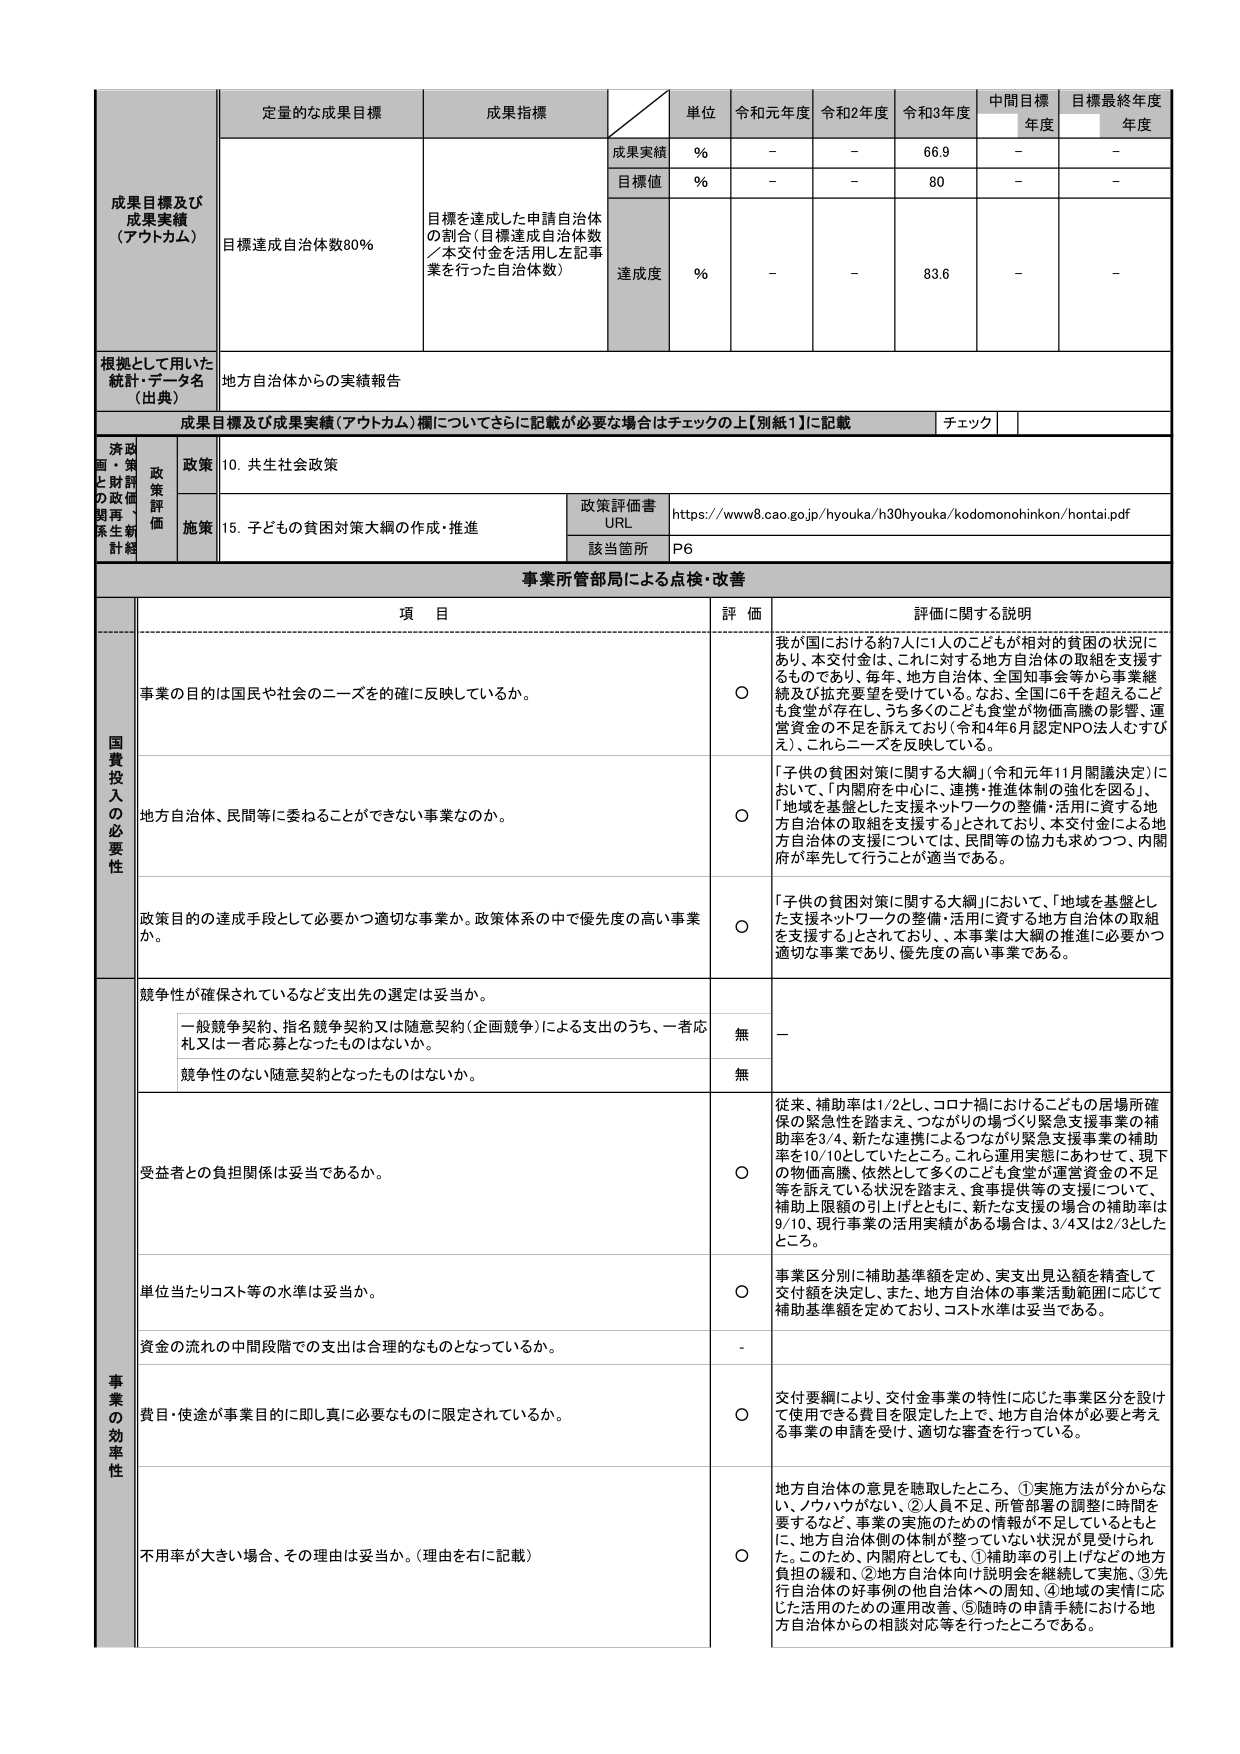
成果目標及び
成果実績
（アウトカム）

定量的な成果目標
目標達成自治体数80％

成果指標
目標を達成した申請自治体
の割合（目標達成自治体数
／本交付金を活用し左記事
業を行った自治体数）

単位
％
％
％

令和元年度
－
－
－

令和2年度
－
－
－

令和3年度
66.9
80
83.6

中間目標
年度
－
－
－

目標最終年度
年度
－
－
－

成果実績
目標値
達成度

根拠として用いた
統計・データ名
（出典）
地方自治体からの実績報告

成果目標及び成果実績（アウトカム）欄についてさらに記載が必要な場合はチェックの上【別紙1】に記載
チェック

済政
国・策
と財評
の政価
関再・
系生新
計経

政策
10. 共生社会政策

政策評価書
URL
https://www8.cao.go.jp/hyouka/h30hyouka/kodomonohinkon/hontai.pdf

施策
15. 子どもの貧困対策大綱の作成・推進

該当箇所
P6

事業所管部局による点検・改善

項 目
評 価
評価に関する説明

国費投入の必要性
事業の目的は国民や社会のニーズを的確に反映しているか。
○
我が国における約7人に1人のこどもが相対的貧困の状況に
あり、本交付金は、これに対する地方自治体の取組を支援す
るものであり、毎年、地方自治体、全国知事会等から事業継
続及び拡充要望を受けている。なお、全国に6千を超えるこど
も食堂が存在し、うち多くのこども食堂が物価高騰の影響、運
営資金の不足を訴えており（令和4年6月認定NPO法人むすび
え）、これらニーズを反映している。

地方自治体、民間等に委ねることができない事業なのか。
○
「子供の貧困対策に関する大綱」（令和元年11月閣議決定）に
おいて、「内閣府を中心に、連携・推進体制の強化を図る」、
「地域を基盤とした支援ネットワークの整備・活用に資する地
方自治体の取組を支援する」とされており、本交付金による地
方自治体の支援については、民間等の協力も求めつつ、内閣
府が率先して行うことが適当である。

政策目的の達成手段として必要かつ適切な事業か。政策体系の中で優先度の高い事業か。
○
「子供の貧困対策に関する大綱」において、「地域を基盤とし
た支援ネットワークの整備・活用に資する地方自治体の取組
を支援する」とされており、本事業は大綱の推進に必要かつ
適切な事業であり、優先度の高い事業である。

競争性が確保されているなど支出先の選定は妥当か。
一般競争契約、指名競争契約又は随意契約（企画競争）による支出のうち、一者応札又は一者応募となったものはないか。
無
－

競争性のない随意契約となったものはないか。
無

事業の効率性
受益者との負担関係は妥当であるか。
○
従来、補助率は1/2とし、コロナ禍におけるこどもの居場所確
保の緊急性を踏まえ、つながりの場づくり緊急支援事業の補
助率を3/4、新たな連携によるつながり緊急支援事業の補助
率を10/10としていたところ。これら運用実態にあわせて、現下
の物価高騰、依然として多くのこども食堂が運営資金の不足
等を訴えている状況を踏まえ、食事提供等の支援について、
補助上限額の引上げとともに、新たな支援の場合の補助率は
9/10、現行事業の活用実績がある場合は、3/4又は2/3とした
ところ。

単位当たりコスト等の水準は妥当か。
○
事業区分別に補助基準額を定め、実支出見込額を精査して
交付額を決定し、また、地方自治体の事業活動範囲に応じて
補助基準額を定めており、コスト水準は妥当である。

資金の流れの中間段階での支出は合理的なものとなっているか。
－

費目・使途が事業目的に即し真に必要なものに限定されているか。
○
交付要綱により、交付金事業の特性に応じた事業区分を設け
て使用できる費目を限定した上で、地方自治体が必要と考え
る事業の申請を受け、適切な審査を行っている。

不用率が大きい場合、その理由は妥当か。（理由を右に記載）
○
地方自治体の意見を聴取したところ、①実施方法が分からな
い、ノウハウがない、②人員不足、所管部署の調整に時間を
要するなど、事業の実施のための情報が不足しているととも
に、地方自治体側の体制が整っていない状況が見受けられ
た。このため、内閣府としても、①補助率の引上げなどの地方
負担の緩和、②地方自治体向け説明会を継続して実施、③先
行自治体の好事例の他自治体への周知、④地域の実情に応
じた活用のための運用改善、⑤随時の申請手続における地
方自治体からの相談対応等を行ったところである。